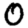
Digit: 0